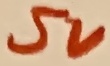
Text: 5V